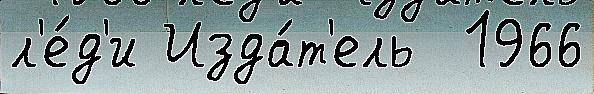
л'е́д'и Изда́т'ель  1966